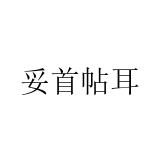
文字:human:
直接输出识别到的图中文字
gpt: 妥首帖耳